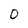
Character: 0